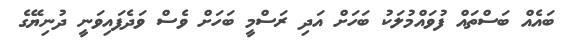
ބައެއް ބަސްތައް ފުވައްމުލަކު ބަހަށް އަދި ރަސްމީ ބަހަށް ވެސް ވަދެފައިވަނީ ދުނިޔޭގެ